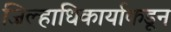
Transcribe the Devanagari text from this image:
जिल्हाधिकार्याकडून